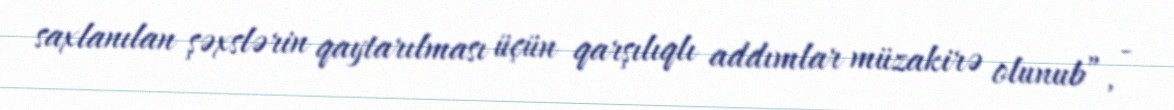
saxlanılan şəxslərin qaytarılması üçün qarşılıqlı addımlar müzakirə olunub”, -